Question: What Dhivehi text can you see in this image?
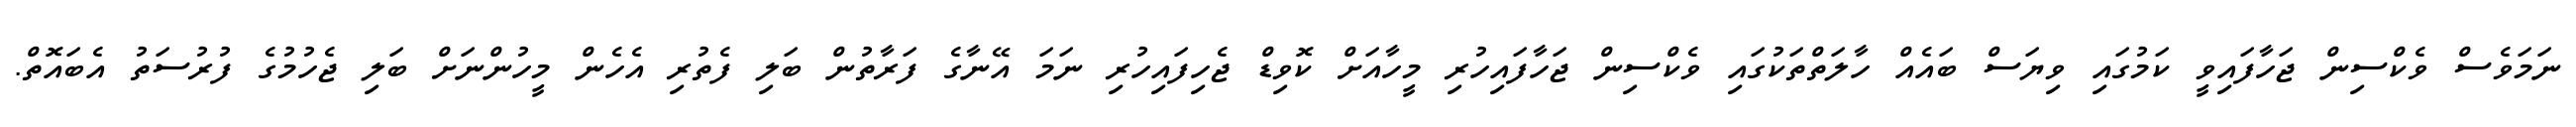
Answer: ނަމަވެސް ވެކްސިން ޖަހާފައިވީ ކަމުގައި ވިޔަސް ބައެއް ހާލަތްތަކުގައި ވެކްސިން ޖަހާފައިހުރި މީހާއަށް ކޮވިޑް ޖެހިފައިހުރި ނަމަ އޭނާގެ ފަރާތުން ބަލި ފެތުރި އެހެން މީހުންނަށް ބަލި ޖެހުމުގެ ފުރުސަތު އެބައޮތް.